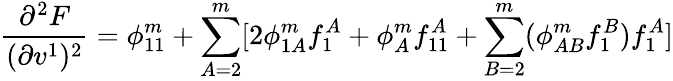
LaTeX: \frac{\partial^{2}F}{(\partial v^{1})^{2}}=\phi_{11}^{m}+\sum_{A=2}^{m}[2\phi_{1A}^{m}f_{1}^{A}+\phi_{A}^{m}f_{11}^{A}+\sum_{B=2}^{m}(\phi_{AB}^{m}f_{1}^{B})f_{1}^{A}]